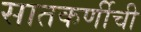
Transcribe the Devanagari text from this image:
सातकर्णीची